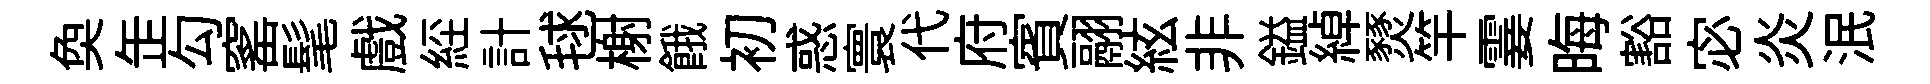
奐𦈢勾窰髦戲𦀇計毬榭餓初惑寰代府賓翮絃非鎰綽燹竿霎晦豁宓炎泯